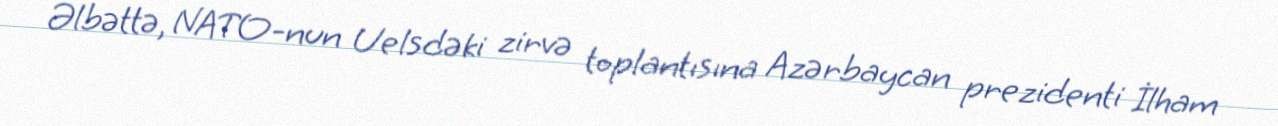
Əlbəttə, NATO-nun Uelsdəki zirvə toplantısına Azərbaycan prezidenti İlham